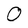
Character: O